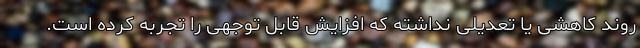
روند کاهشی یا تعدیلی نداشته‌ که افزایش قابل توجهی را تجربه کرده است.